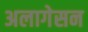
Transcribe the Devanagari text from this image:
अलागेसन